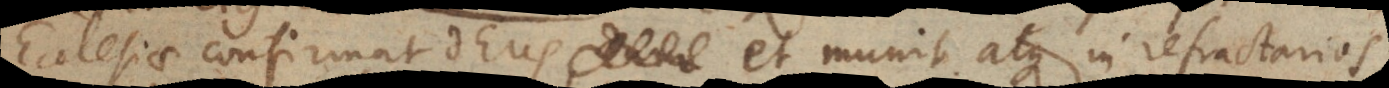
Ecclesiae confirmat Deus et munit atque in refractarios